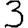
Digit: 3